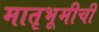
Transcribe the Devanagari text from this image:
मातृभूमीची